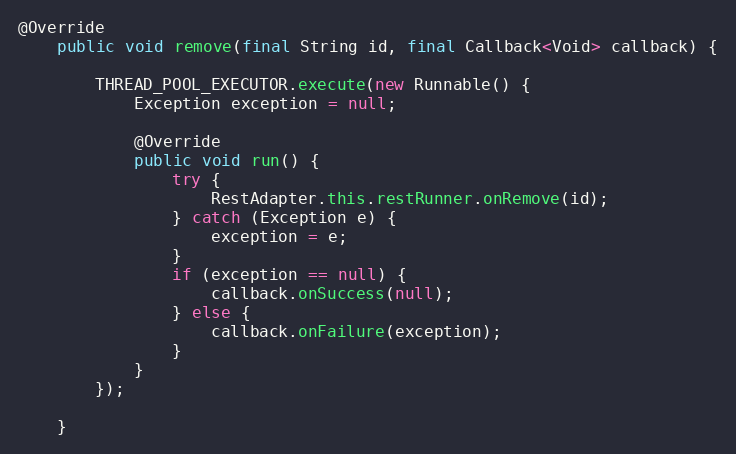
Language: Java
@Override
    public void remove(final String id, final Callback<Void> callback) {

        THREAD_POOL_EXECUTOR.execute(new Runnable() {
            Exception exception = null;

            @Override
            public void run() {
                try {
                    RestAdapter.this.restRunner.onRemove(id);
                } catch (Exception e) {
                    exception = e;
                }
                if (exception == null) {
                    callback.onSuccess(null);
                } else {
                    callback.onFailure(exception);
                }
            }
        });

    }